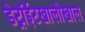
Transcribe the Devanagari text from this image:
डेट्रॉईटखालोखाल